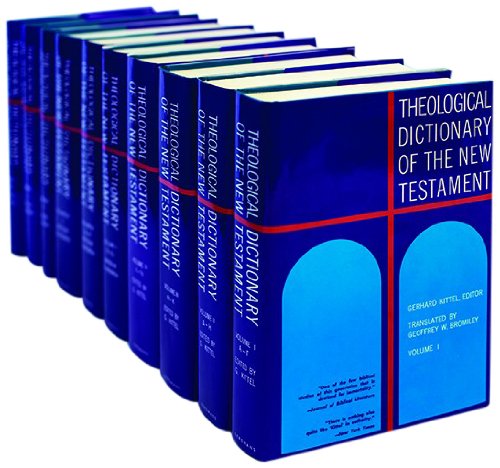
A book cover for Theological Dictionary of the New Testament (10 Volume Set); Christian Books & Bibles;